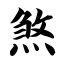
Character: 煞